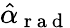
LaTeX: \hat{\alpha}_{\mathrm{~r~a~d~}}